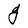
Character: g